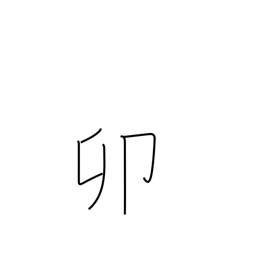
Meaning: fourth sign of Chinese zodiac